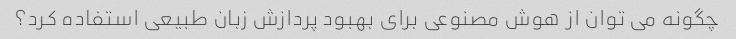
چگونه می توان از هوش مصنوعی برای بهبود پردازش زبان طبیعی استفاده کرد؟